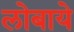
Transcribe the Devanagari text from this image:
लोबाये